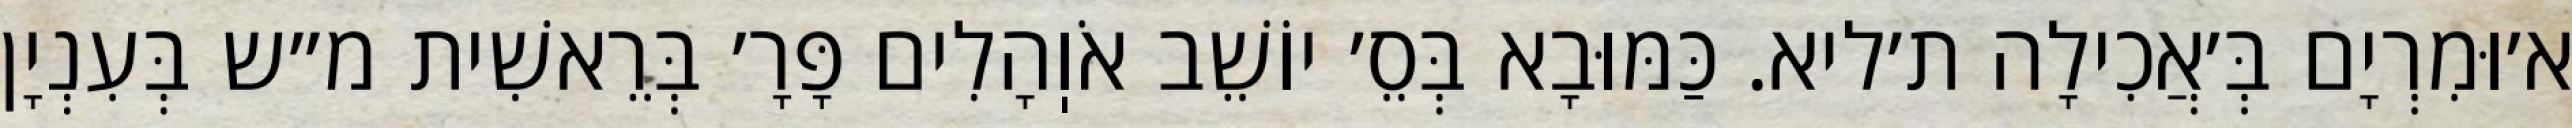
א׳וּמִרְיָם בְּ׳אֲכִילָה ת׳ליא. כַּמּוּבָא בְּסֵ׳ יוֹשֵׁב אֹוֽהָלִים פָּרָ׳ בְּרֵאשִׁית מ״ש בְּעִנְיָן